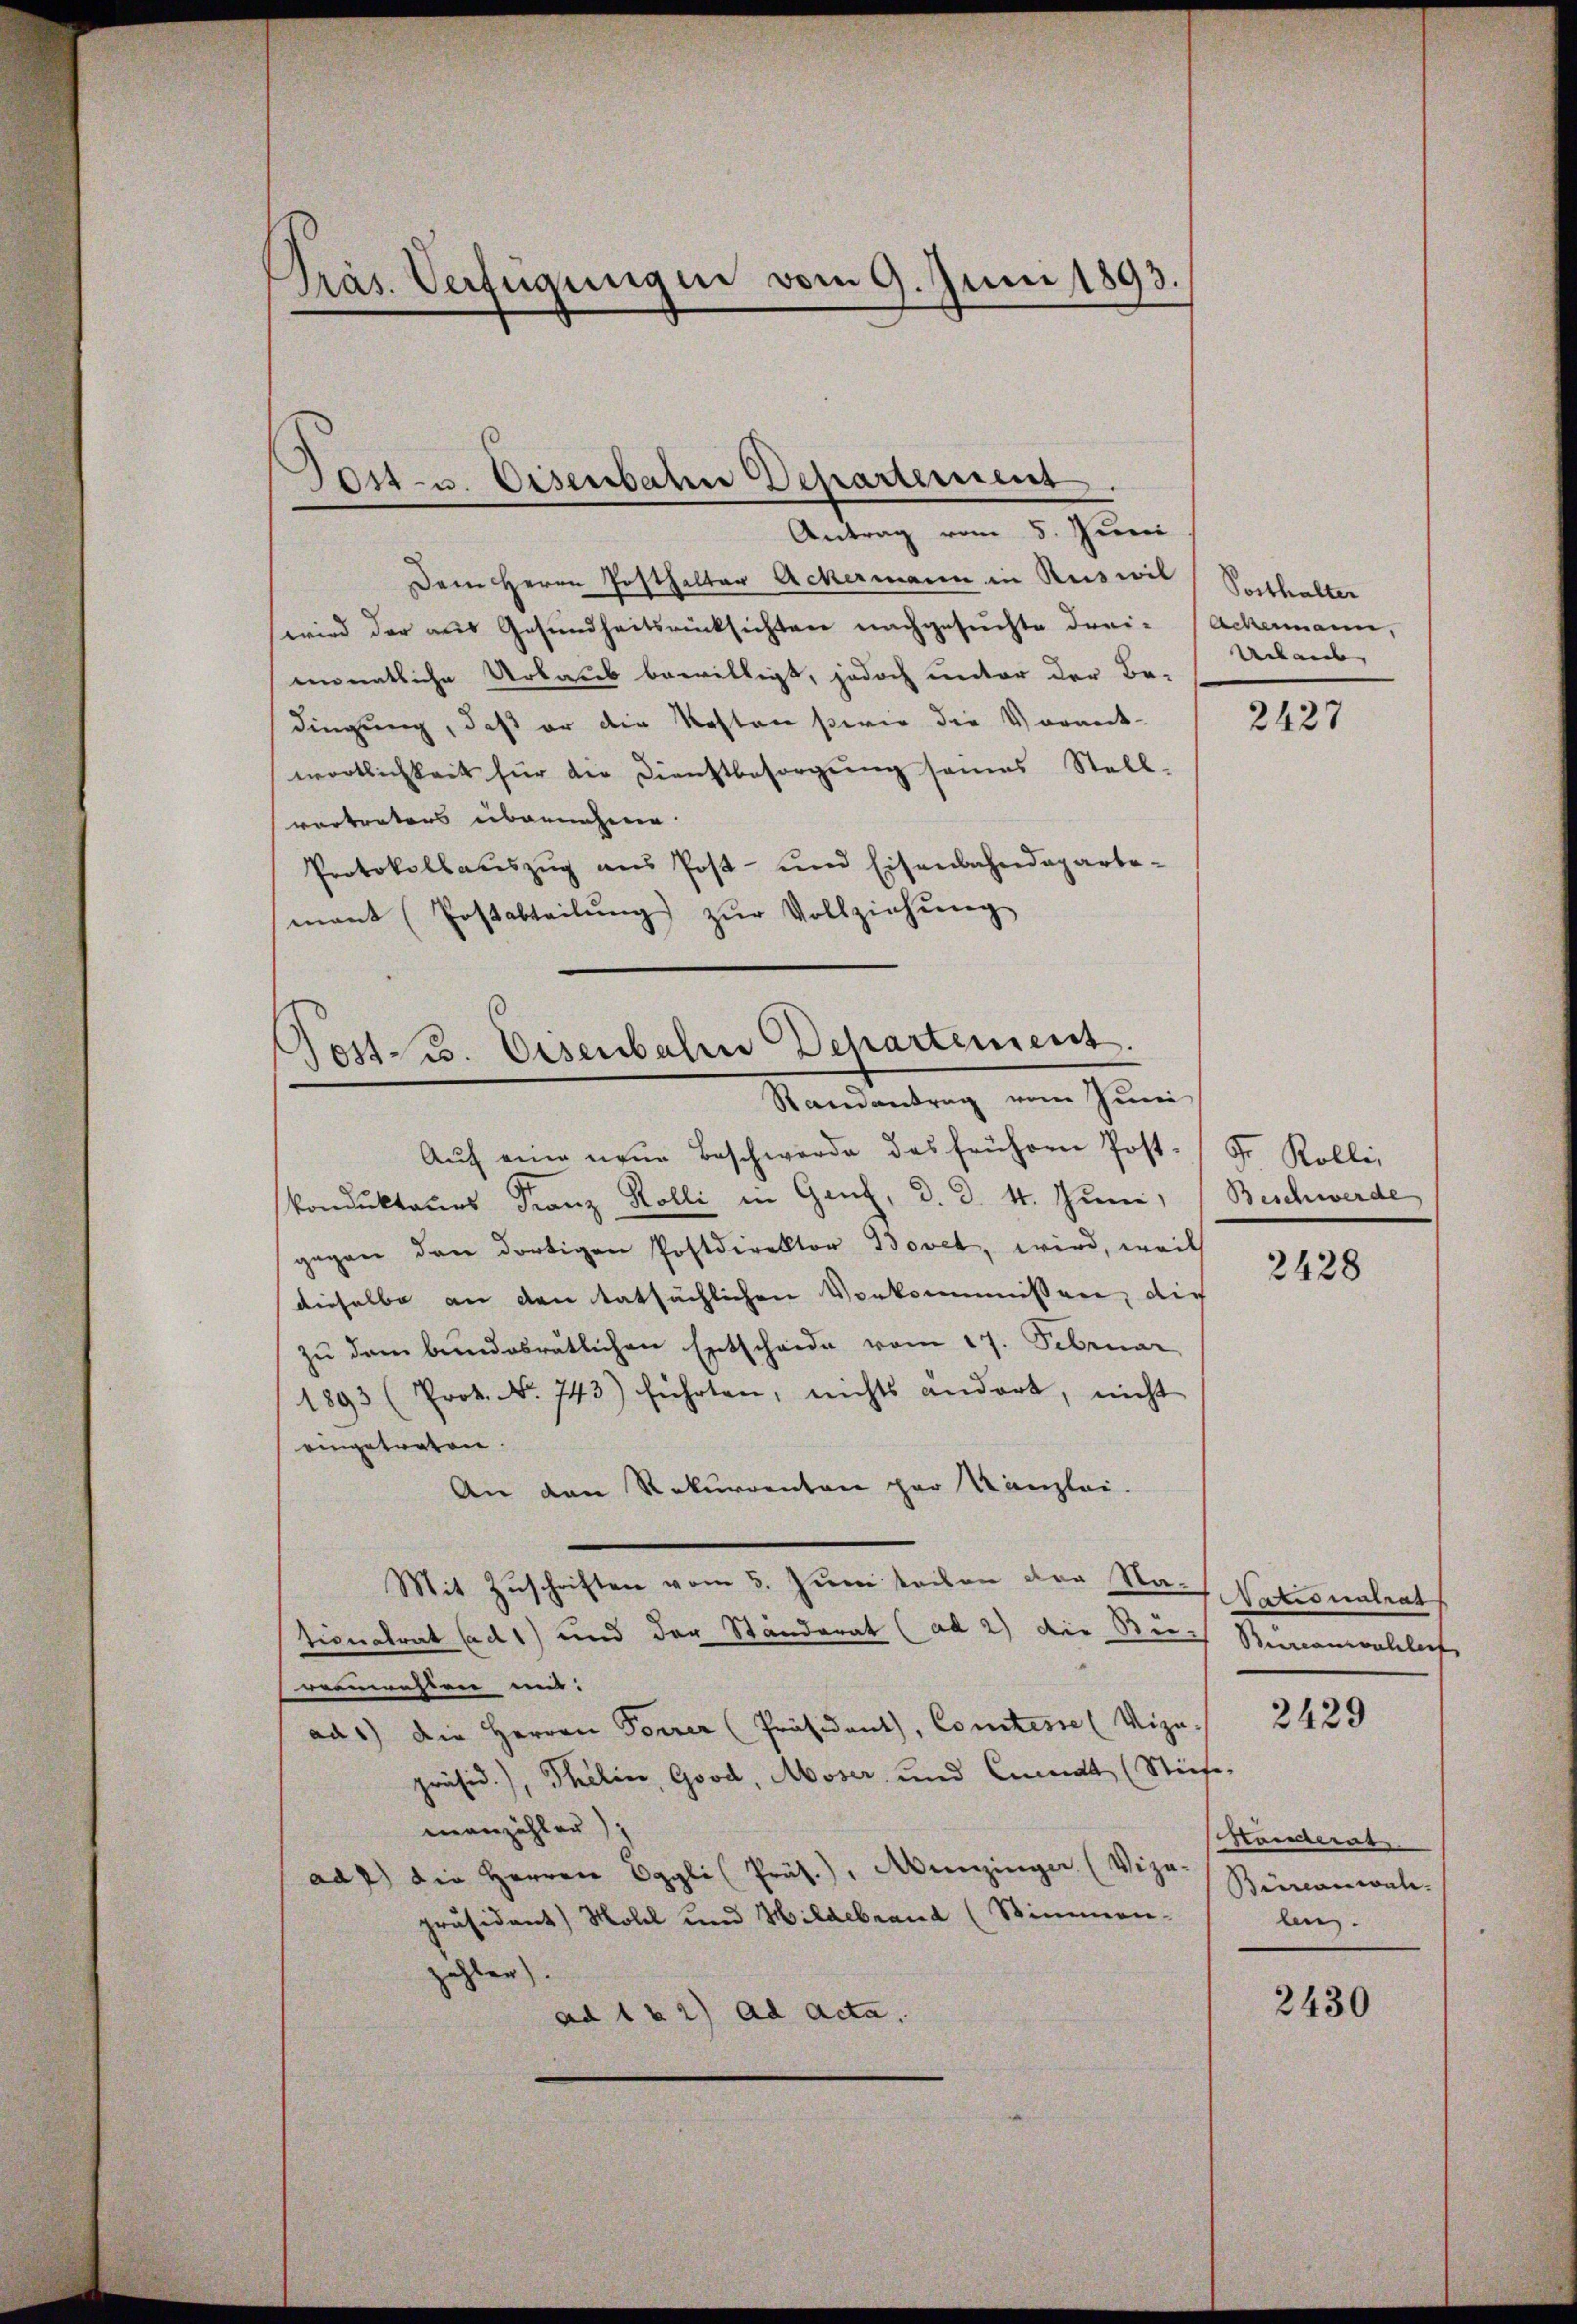
Präs. Verfügungen vom 9. Juni 1893.

Jost- u. Eisenbahn Departement
Antrag vom 5. Juni

Post- u. Eisenbahre Departement.
Randantrag vom Juni

Dem Herrn Posthalter Ackermann in Ruswil Sosthalter
wird der aus Gesundheitsrücksichten nachgesuchte Frei- Ackermann,
monatliche Urlaub bewilligt, jedoch unter der Be-
dingung, daß er die Kosten sowie die Vorant-
wortlichkeit für die Dienstbesorgŭng seines Stell-
vortrators übernehme.
Protokollauszug aus Post- und Eisenbahndepartemant (Postabteilŭng zŭr Vollziehŭng

Aŭf eine neŭe Beschwerde das frühern Post- Fr. Kolli
kondukteurs Franz Kolli in Genf, d. d. 4. Juni, Beschwerde
gegen den dortigen Postdirektor Bovet, wird, weil
dieselbe an den tatsächlichen Vorkommissen, die
zŭ dem bundesrätlichen Entscheide vom 17. Februar
1893 (Prok. Nr. 743) führten, nichts ändert, nicht
eingetreten.
An den Rekurrenten per Kanzlei-
Mit Zuschriften vom 3. Juni teilen der Nach Nationalrat
tionatrat ad 1) und der Standerat (ad 2) die Bei Biccamontaleit
vermahlen mit:
ad1) die Herren Torrer Präsident, Comtesse (Vizu-
präsid.), Thelin, Good, Moser und Curat (Stiefe,
menzähler),
ad 7) die Herren Eggli Präs.), Menzinger (Vize-
präsident) Moll und Hildebrand (Stimmen-
ählen.
ad 1 & 2) ad acta.

Uebaut

2427

2428

2429

Hamerat.
Biiranwal
bn.

2430